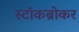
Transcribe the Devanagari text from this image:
स्‍टॉकब्रोकर